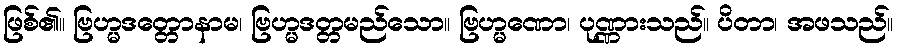
ဖြစ်၏။ ဗြဟ္မဒတ္တောနာမ၊ ဗြဟ္မဒတ္တမည်သော။ ဗြဟ္မဏော၊ ပုဏ္ဏားသည်။ ပိတာ၊ အဖသည်။